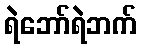
ရဲဘော်ရဲဘက်